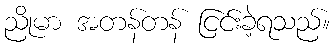
ညိုမာ အတန်တန် ငြင်းခဲ့ရသည်။